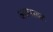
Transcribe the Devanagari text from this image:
अपानस्थल